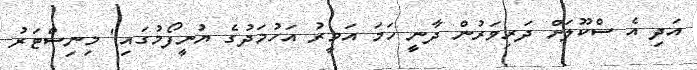
އަދި އެ ސްކޫލަށް ދަރިވަރުން ދާނީ ހަމަ އަމީރު އަހުމަދުގެ ޔުނީފޯމުގައި" މިނިސްޓަރު